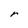
Character: r